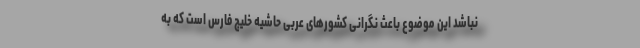
نباشد این موضوع باعث نگرانی کشورهای عربی حاشیه خلیج فارس است که به